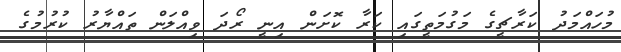
މުހައްމަދު ކަރާޗީގެ މަގުމަތީގައި ކަރާ ކޮށަން އިނީ ރޯދަ ވިއްލަން ތައްޔާރު ކުރުމުގެ